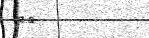
١٨